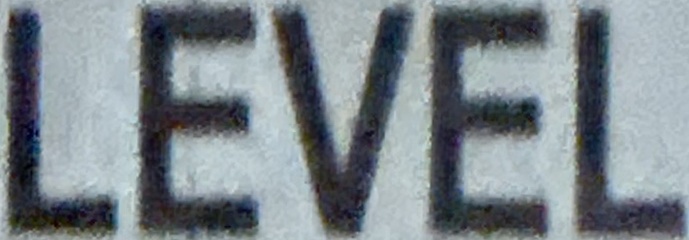
LEVEL